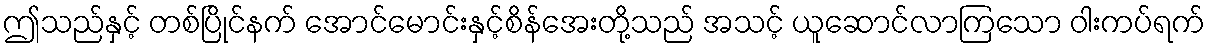
ဤသည်နှင့် တစ်ပြိုင်နက် အောင်မောင်းနှင့်စိန်အေးတို့သည် အသင့် ယူဆောင်လာကြသော ဝါးကပ်ရက်